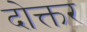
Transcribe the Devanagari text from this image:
दोक्तर